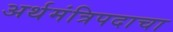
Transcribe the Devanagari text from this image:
अर्थमंत्रिपदाचा